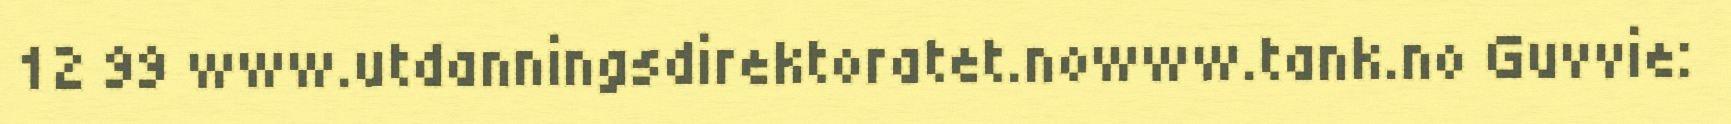
12 99 www.utdanningsdirektoratet.nowww.tank.no Guvvie: